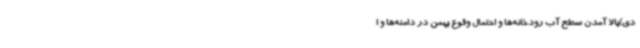
دی)بالا آمدن سطح آب رودخانه‌ها و احتمال وقوع بهمن در دامنه‌ها و ا